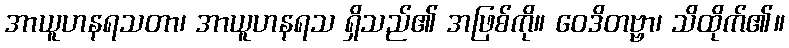
အာယူဟနရသတာ၊ အာယူဟနရသ ရှိသည်၏ အဖြစ်ကို။ ဝေဒိတဗ္ဗာ၊ သိထိုက်၏။